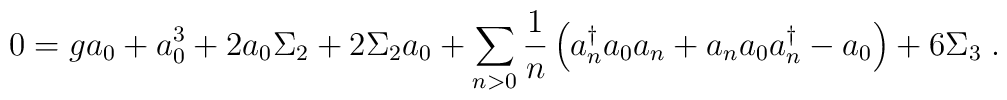
0 = g a_0 + a_0^3 + 2 a_0 \Sigma_2 + 2 \Sigma_2 a_0 + \sum_{n > 0} {1\over n}\left(  a_n^\dagger a_0 a_n + a_n a_0 a_n^\dagger - a_0 \right)+6 \Sigma_3 \; .